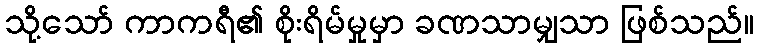
သို့သော် ကာကရီ၏ စိုးရိမ်မှုမှာ ခဏသာမျှသာ ဖြစ်သည်။